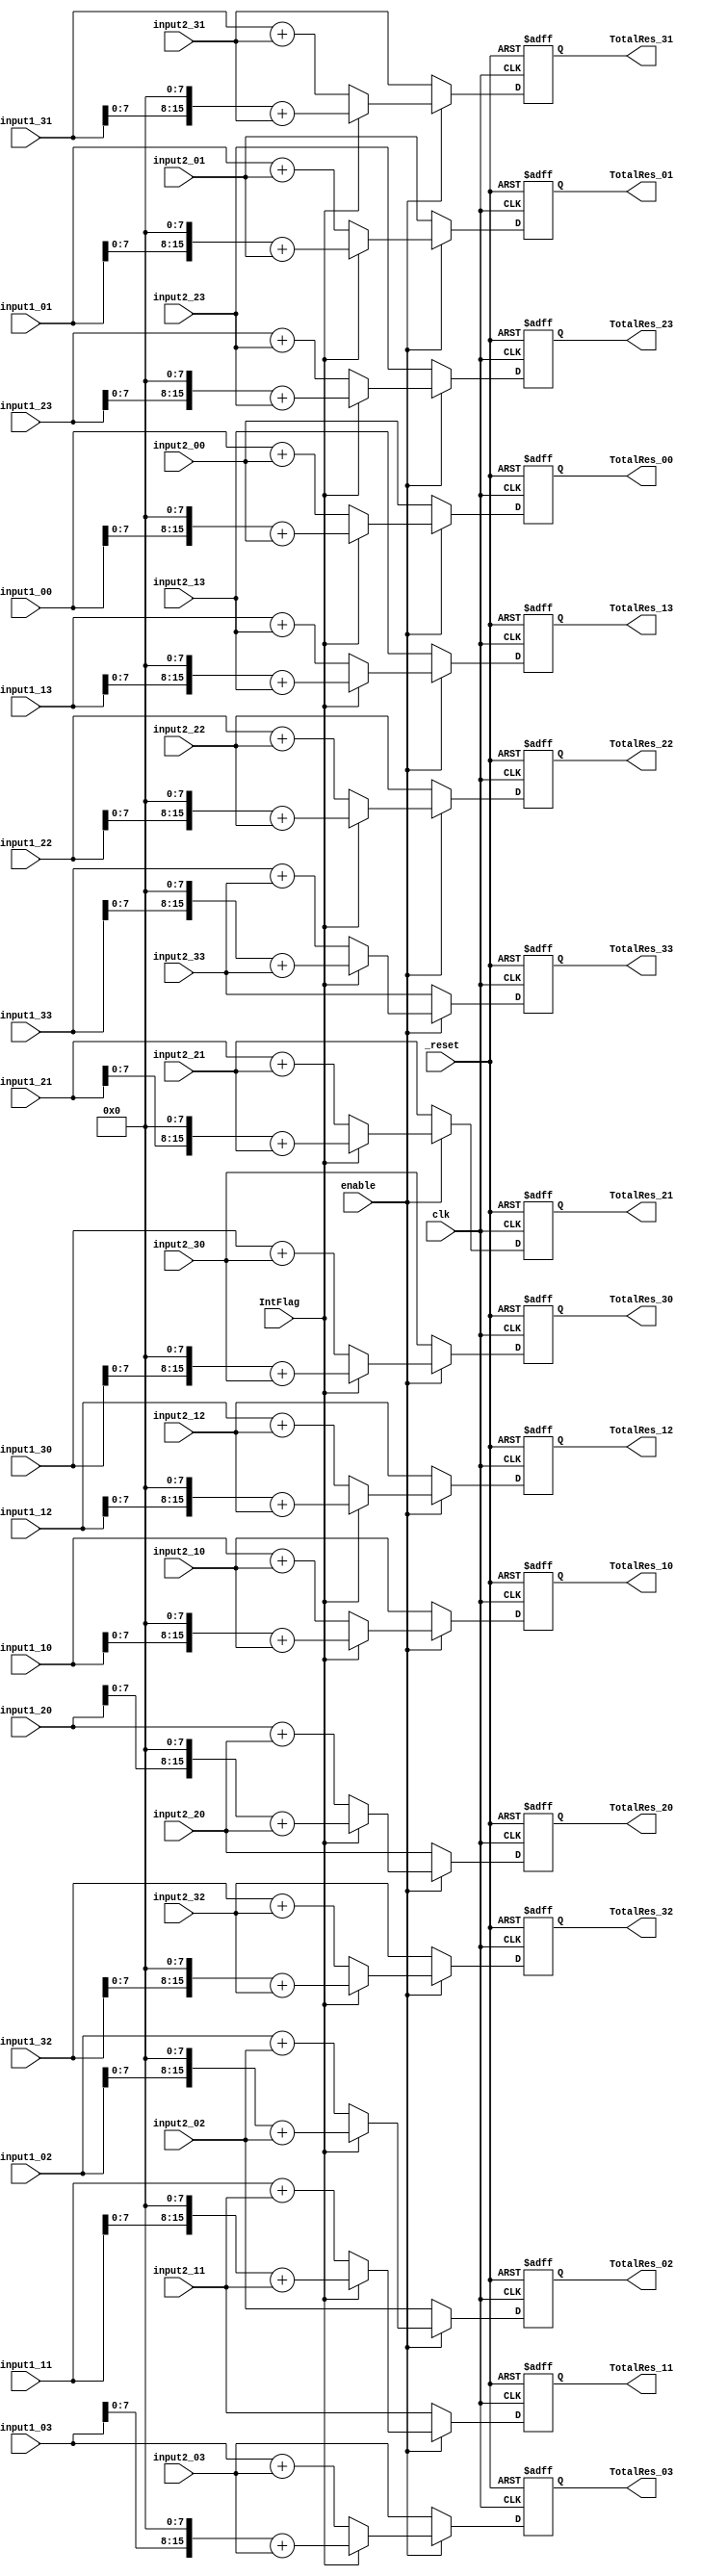
/*
This function to add the multiplication results of the Q*k arrays,
it takes as an inpput 2 out of the following three
1- INT result(Q_INT*K_int)
2- Frac1 result (Q_int*K_Frac)
3- Frac2 result (Q_Frac*K_INt)
clk,_rest
enable to eneable the addition or not
IntFlag, if =1, to indicate if the second operand is integer only or [int.fraction]
and returns the summation of the 2  

*/
module Adder #(parameter width=8)(
	input enable,
	input clk,_reset,
	input IntFlag,
	
	input signed [2*width-1:0] input2_00,input2_01 ,input2_02 ,input2_03,
	input signed [2*width-1:0] input2_10,input2_11 ,input2_12 ,input2_13,
	input signed [2*width-1:0] input2_20,input2_21 ,input2_22 ,input2_23,
	input signed [2*width-1:0] input2_30,input2_31 ,input2_32 ,input2_33 ,
	
	input signed [2*width-1:0] input1_00,input1_01 ,input1_02 ,input1_03,
	input signed [2*width-1:0] input1_10,input1_11 ,input1_12 ,input1_13,
	input signed [2*width-1:0] input1_20,input1_21 ,input1_22 ,input1_23,
	input signed [2*width-1:0] input1_30,input1_31 ,input1_32 ,input1_33 ,
	
	output reg signed [2*width-1:0] TotalRes_00, TotalRes_01 , TotalRes_02 ,TotalRes_03 ,
	output reg signed [2*width-1:0] TotalRes_10, TotalRes_11 , TotalRes_12 ,TotalRes_13 ,
	output reg signed [2*width-1:0] TotalRes_20, TotalRes_21 , TotalRes_22 ,TotalRes_23 ,
	output reg signed [2*width-1:0] TotalRes_30, TotalRes_31 , TotalRes_32 ,TotalRes_33 
	
	);

	always@(posedge clk or negedge _reset)
	
	begin
		if(!_reset) 
		begin
			
				TotalRes_00<=0;
				TotalRes_01<=0;
				TotalRes_02<=0;
				TotalRes_03<=0;
				TotalRes_10<=0;
				TotalRes_11<=0;
				TotalRes_12<=0;
				TotalRes_13<=0;
				TotalRes_20<=0;
				TotalRes_21<=0;
				TotalRes_22<=0;
				TotalRes_23<=0;
				TotalRes_30<=0;
				TotalRes_31<=0;
				TotalRes_32<=0;
				TotalRes_33<=0;
					
		end
		
		else
		begin
			if(enable)
			begin
				if (IntFlag)
				begin
						TotalRes_00<=(input1_00<<<8)+input2_00;
						TotalRes_01<=(input1_01<<<8)+input2_01;
						TotalRes_02<=(input1_02<<<8)+input2_02;
						TotalRes_03<=(input1_03<<<8)+input2_03;
						TotalRes_10<=(input1_10<<<8)+input2_10;
						TotalRes_11<=(input1_11<<<8)+input2_11;
						TotalRes_12<=(input1_12<<<8)+input2_12;
						TotalRes_13<=(input1_13<<<8)+input2_13;
						TotalRes_20<=(input1_20<<<8)+input2_20;
						TotalRes_21<=(input1_21<<<8)+input2_21;
						TotalRes_22<=(input1_22<<<8)+input2_22;
						TotalRes_23<=(input1_23<<<8)+input2_23;
						TotalRes_30<=(input1_30<<<8)+input2_30;
						TotalRes_31<=(input1_31<<<8)+input2_31;
						TotalRes_32<=(input1_32<<<8)+input2_32;
						TotalRes_33<=(input1_33<<<8)+input2_33;
				end
				else
				begin
						TotalRes_00<=(input1_00)+input2_00;
						TotalRes_01<=(input1_01)+input2_01;
						TotalRes_02<=(input1_02)+input2_02;
						TotalRes_03<=(input1_03)+input2_03;
						TotalRes_10<=(input1_10)+input2_10;
						TotalRes_11<=(input1_11)+input2_11;
						TotalRes_12<=(input1_12)+input2_12;
						TotalRes_13<=(input1_13)+input2_13;
						TotalRes_20<=(input1_20)+input2_20;
						TotalRes_21<=(input1_21)+input2_21;
						TotalRes_22<=(input1_22)+input2_22;
						TotalRes_23<=(input1_23)+input2_23;
						TotalRes_30<=(input1_30)+input2_30;
						TotalRes_31<=(input1_31)+input2_31;
						TotalRes_32<=(input1_32)+input2_32;
						TotalRes_33<=(input1_33)+input2_33;
				end
				
				
			
			end
			else
			begin

				TotalRes_00 <= input2_00;
				TotalRes_01 <= input2_01;
				TotalRes_02 <= input2_02;
				TotalRes_03 <= input2_03;
				TotalRes_10 <= input2_10;
				TotalRes_11 <= input2_11;
				TotalRes_12 <= input2_12;
				TotalRes_13 <= input2_13;
				TotalRes_20 <= input2_20;
				TotalRes_21 <= input2_21;
				TotalRes_22 <= input2_22;
				TotalRes_23 <= input2_23;
				TotalRes_30 <= input2_30;
				TotalRes_31 <= input2_31;
				TotalRes_32 <= input2_32;
				TotalRes_33 <= input2_33;
			end
		end
	
	
	
	end
	
endmodule